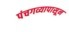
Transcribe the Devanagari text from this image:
पंचगव्यापासून